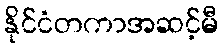
နိုင်ငံတကာအဆင့်မီ